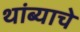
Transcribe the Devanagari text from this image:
थांब्याचे